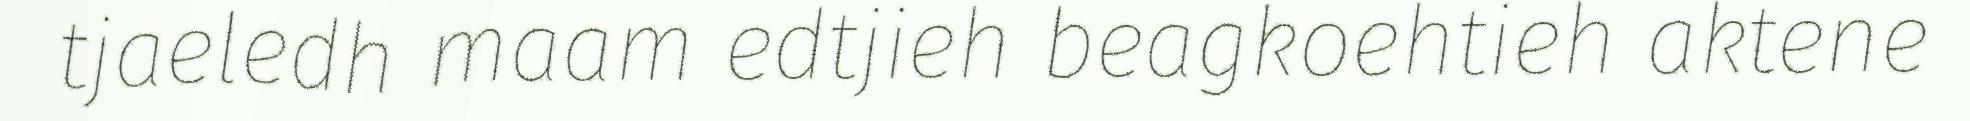
tjaeledh maam edtjieh beagkoehtieh aktene